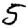
Digit: 5